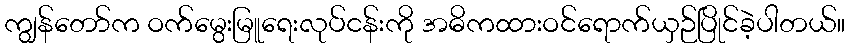
ကျွန်တော်က ဝက်မွေးမြူရေးလုပ်ငန်းကို အဓိကထားဝင်ရောက်ယှဉ်ပြိုင်ခဲ့ပါတယ်။